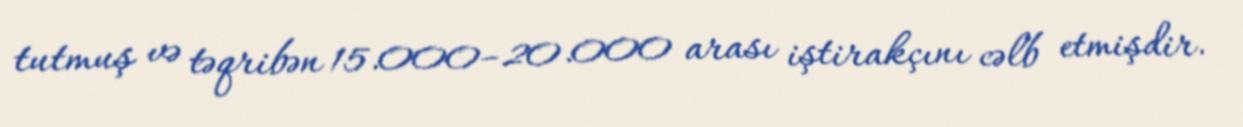
tutmuş və təqribən 15.000–20.000 arası iştirakçını cəlb etmişdir.